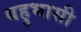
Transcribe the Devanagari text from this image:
बहुभासी